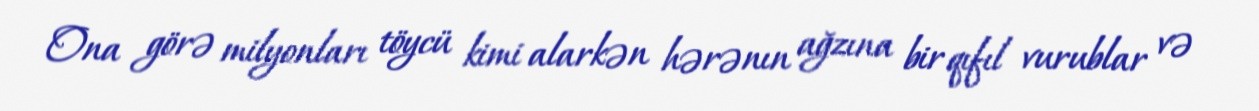
Ona görə milyonları töycü kimi alarkən hərənın ağzına bir qıfıl vurublar və